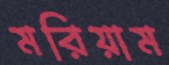
মরিয়াম